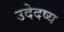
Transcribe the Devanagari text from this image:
उदेदष्य